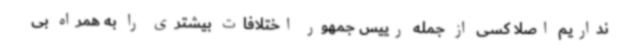
نداریم اصلا کسی از جمله رییس جمهور اختلافات بیشتری را به همراه بی